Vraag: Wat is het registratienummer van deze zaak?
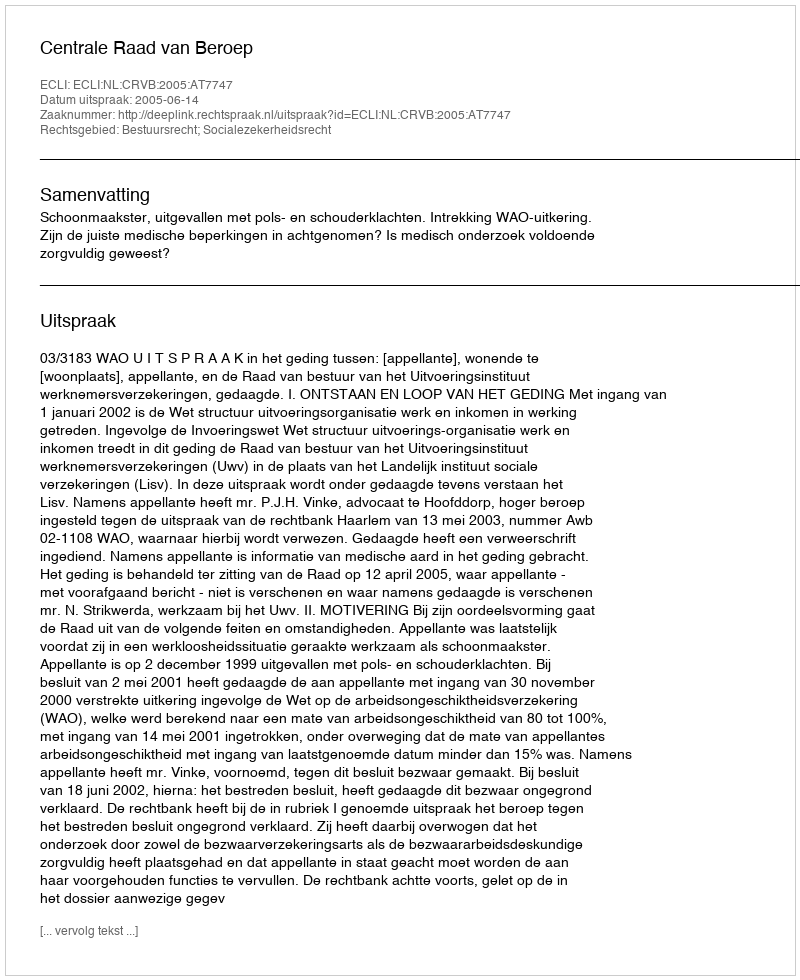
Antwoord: http://deeplink.rechtspraak.nl/uitspraak?id=ECLI:NL:CRVB:2005:AT7747